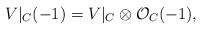
LaTeX: \begin{align*}V|_C (-1) = V|_{C} \otimes {\cal O}_{C}(-1),\end{align*}